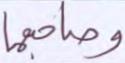
وصاحبهما